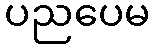
ပညပေမ